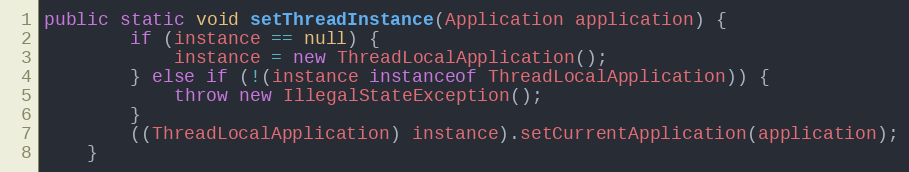
Language: Java
public static void setThreadInstance(Application application) {
		if (instance == null) {
			instance = new ThreadLocalApplication();
		} else if (!(instance instanceof ThreadLocalApplication)) {
			throw new IllegalStateException();
		}
		((ThreadLocalApplication) instance).setCurrentApplication(application);
	}